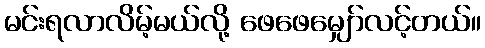
မင်းရလာလိမ့်မယ်လို့ ဖေဖေမျှော်လင့်တယ်။